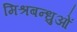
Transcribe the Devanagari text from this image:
मिश्रबन्धुओं